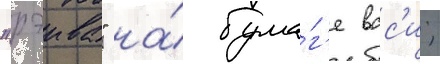
"рэива" на́ бума́г'е вас'и;